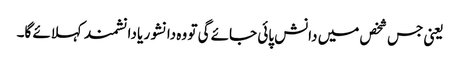
یعنی جس شخص میں دانش پائی جائے گی تو وہ دانشور یا دانشمندکہلائے گا۔